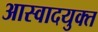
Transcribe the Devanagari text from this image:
आस्वादयुक्त